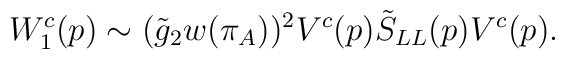
W^c_1(p)\sim (\tilde g_2w(\pi_A))^2V^c(p)\tilde S_{LL}(p)V^c(p).